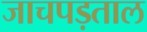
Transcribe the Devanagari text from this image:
जाचपड़ताल